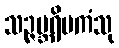
သဉ္ဇမ္ဘရိမကံသု